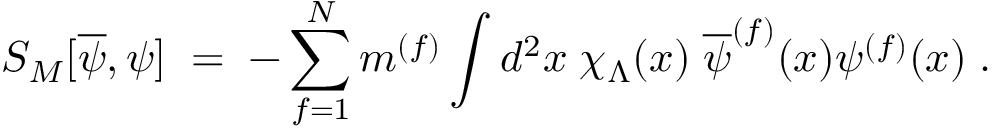
S _ { M } [ \overline { { { \psi } } } , \psi ] \; = \; - \sum _ { f = 1 } ^ { N } m ^ { ( f ) } \int d ^ { 2 } x \; \chi _ { \Lambda } ( x ) \; \overline { { { \psi } } } ^ { ( f ) } ( x ) \psi ^ { ( f ) } ( x ) \; .